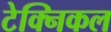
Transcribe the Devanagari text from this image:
टेक्‍निकल